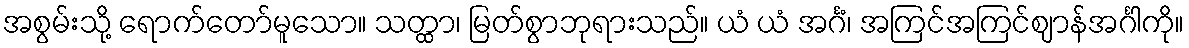
အစွမ်းသို့ ရောက်တော်မူသော။ သတ္ထာ၊ မြတ်စွာဘုရားသည်။ ယံ ယံ အင်္ဂံ၊ အကြင်အကြင်ဈာန်အင်္ဂါကို။